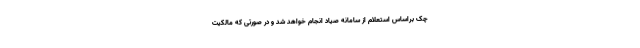
چک براساس استعلام از سامانه صیاد انجام خواهد شد و در صورتی که مالکیت